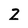
Character: Z